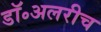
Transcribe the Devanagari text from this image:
डॉ॰अलरीच